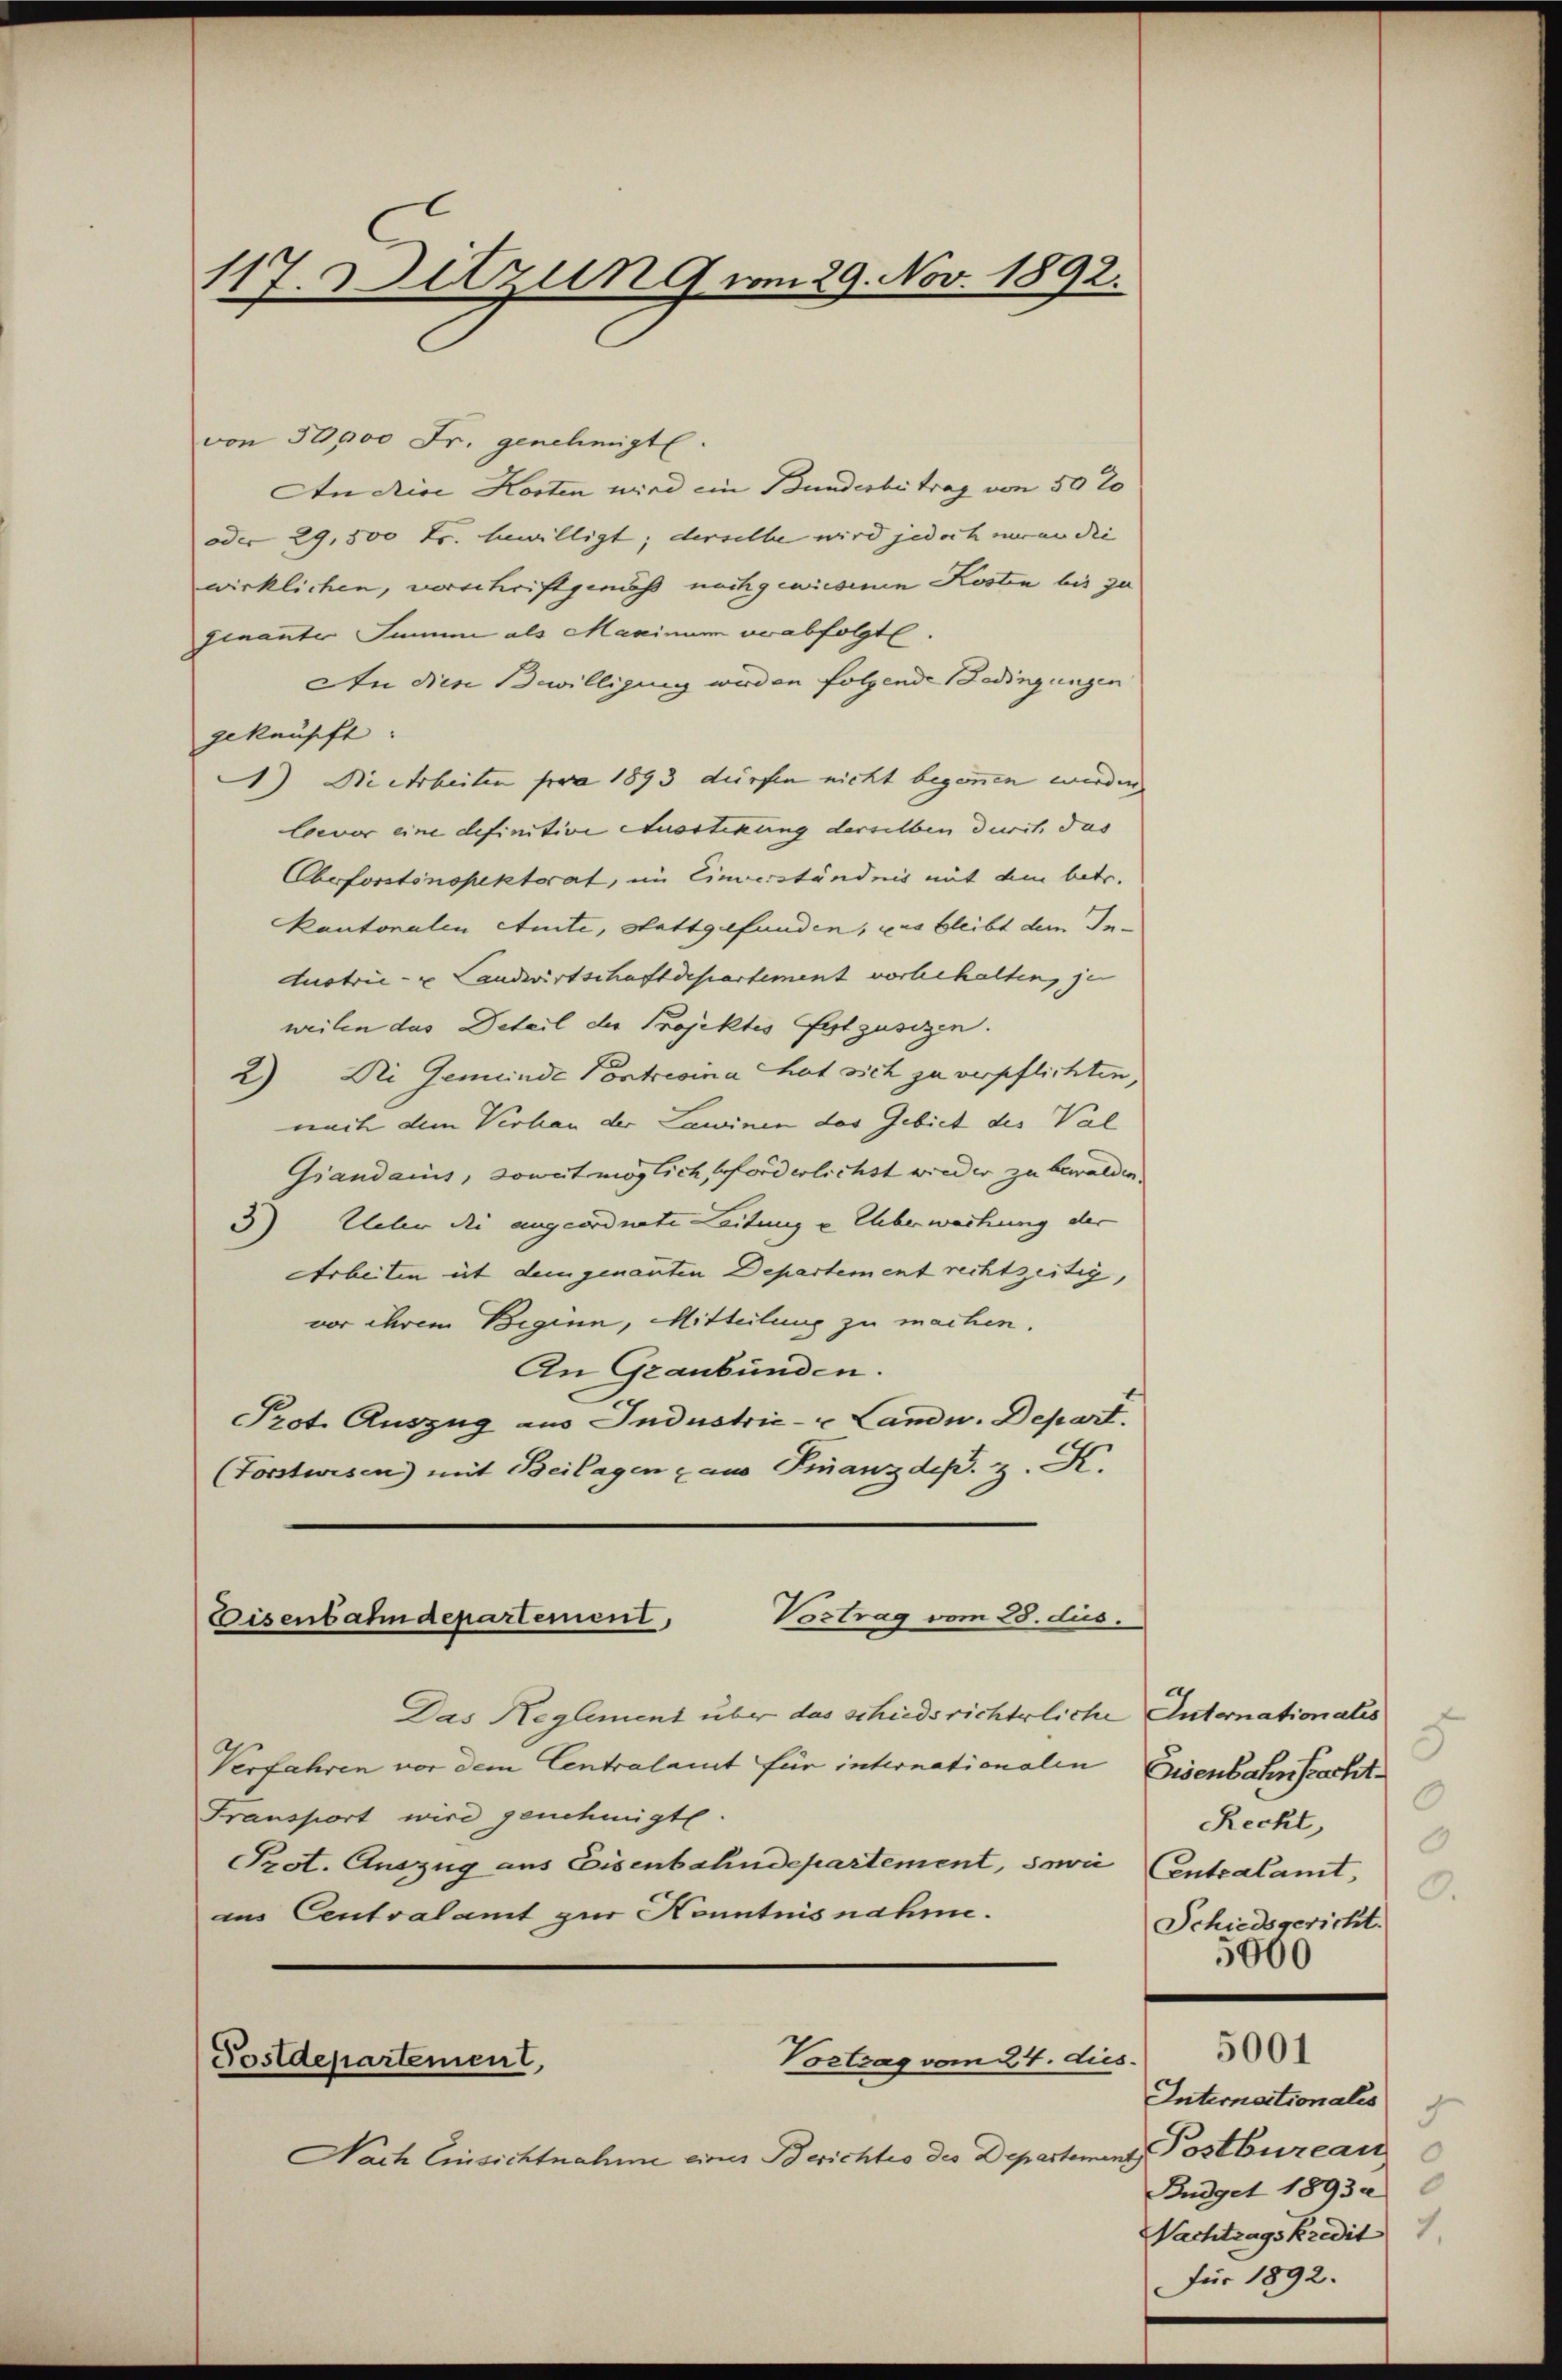
117. Sitzung vom 29. Nov. 1892.

von 50 pro Fr. genehmigt.
An die Kosten wird ein Bundesbetrag von 50 l
oder 29,500 Fr. bewilligt; derselbe wird jedoch wenn die
wirklichen, verschriftgemäß nachgewiesenen Kosten bis zu
genanter Samme als Maximum verabfolgte
An die Bewilligung werden folgende Bedingungen
geknüpft:
) Die erbeiten pro 1893 dürfen nicht begonnen werden.
Coevor eine definitive Ausstekung derselben durch das
Obeforstinspektorat, im Einverständnis mit dem betr.
kantonalen Amte, stattgefunden, was bleibt dem In¬
Austrie- u Landwirtschaftdepartement vorbehalten, je
weilen das Deteil der Projektes festzusizen.
2) Die Gemeinde Pontrevina hat sich zu verpflichten,
nach dem Verhau der Lawinen des Gebiet des Val
Grandams, soweit möglich erforderlichst wieder zu bewalden.
3) Ueber die angeordnete Leitung u Ueberwachung der
Arbeiten ist dem genanten Departement rechtzeitig,
vor ihrem Beginn, Mitteilung zu machen.
An Graubünden.
Prot. Auszug aus Industrie- u Landw. Depart.
(Forstwisen) mit Beilagen & aus Finanzdep. z. K.

Vortrag vom 28. dus.
Eisenbahndepartement

Das Reglement über das schiedsrichterliche Internationalis
Verfahren vor dem Centralamt für internationalen Eisenbahnpracht¬
Fransport wird genehmigt.
Prot. Auszug aus Eisenbahndepartement, sowie Entsalamt,
ins Centralamt zur Kenntnisnahme.

Vortrag vom 24. dies
Postdepartement,

Nach Einsichtnahme eines Berichtio des Departeme

8
0
Recht,
0
9.
Schiedsgericht.
3000

5001

Internactionalis
.
Postbureau
nt
Budget 1893
Nachtragskredit
Für 1892.